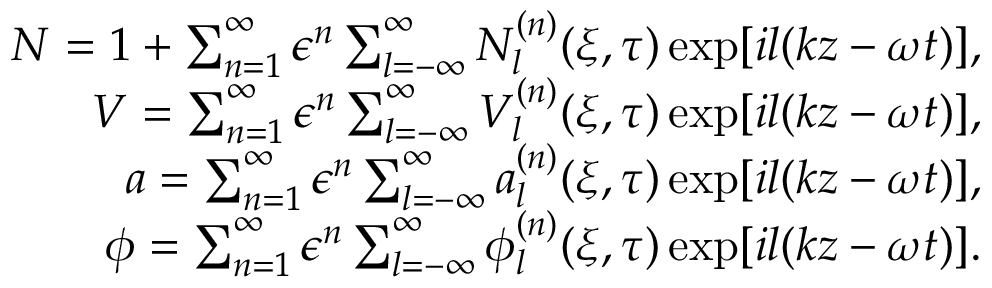
\begin{array} { r } { N = 1 + \sum _ { n = 1 } ^ { \infty } \epsilon ^ { n } \sum _ { l = - \infty } ^ { \infty } N _ { l } ^ { ( n ) } ( \xi , \tau ) \exp [ i l ( k z - \omega t ) ] , } \\ { V = \sum _ { n = 1 } ^ { \infty } \epsilon ^ { n } \sum _ { l = - \infty } ^ { \infty } V _ { l } ^ { ( n ) } ( \xi , \tau ) \exp [ i l ( k z - \omega t ) ] , } \\ { a = \sum _ { n = 1 } ^ { \infty } \epsilon ^ { n } \sum _ { l = - \infty } ^ { \infty } a _ { l } ^ { ( n ) } ( \xi , \tau ) \exp [ i l ( k z - \omega t ) ] , } \\ { \phi = \sum _ { n = 1 } ^ { \infty } \epsilon ^ { n } \sum _ { l = - \infty } ^ { \infty } \phi _ { l } ^ { ( n ) } ( \xi , \tau ) \exp [ i l ( k z - \omega t ) ] . } \end{array}